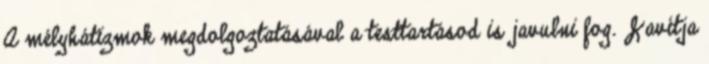
A mélyhátizmok megdolgoztatásával a testtartásod is javulni fog. Javítja